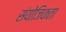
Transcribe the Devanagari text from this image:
संयोजिकता